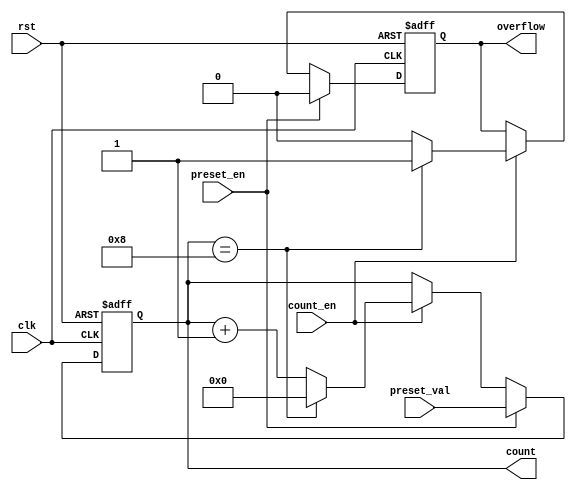
module presettable_counter #(
    parameter WIDTH = 4,                // Width of the counter
    parameter RESET_VALUE = 0           // Default reset value
)(
    input wire clk,                     // Clock input
    input wire rst,                     // Asynchronous reset
    input wire preset_en,               // Preset enable
    input wire [WIDTH-1:0] preset_val,  // Preset value
    input wire count_en,                // Count enable
    output reg [WIDTH-1:0] count,       // Counter value
    output reg overflow                  // Overflow signal
);

    // Internal register to hold the counter value
    reg [WIDTH-1:0] count_reg;

    // Asynchronous reset and counting logic
    always @(posedge clk or posedge rst) begin
        if (rst) begin
            count_reg <= RESET_VALUE;    // Reset to predetermined value
            overflow <= 1'b0;             // Clear overflow on reset
        end else if (preset_en) begin
            count_reg <= preset_val;      // Load preset value
            overflow <= 1'b0;             // Clear overflow on preset
        end else if (count_en) begin
            if (count_reg == {1'b1, {WIDTH-1{1'b0}}}) begin // Check for overflow
                count_reg <= {WIDTH{1'b0}}; // Wrap around to zero
                overflow <= 1'b1;           // Set overflow flag
            end else begin
                count_reg <= count_reg + 1; // Increment counter
                overflow <= 1'b0;           // Clear overflow flag
            end
        end
    end

    // Assign the counter value to output
    always @(*) begin
        count = count_reg;                 // Output current counter value
    end

endmodule